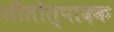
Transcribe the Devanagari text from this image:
शीतोत्पादक